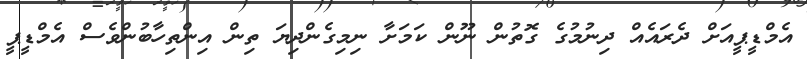
އެމްޑީޕީއަށް ދެރައެއް ދިނުމުގެ ގޮތުން ނޫން ކަމަށާ ނިމިގެންދިޔަ ތިން އިންތިހާބުންވެސް އެމްޑީޕީ